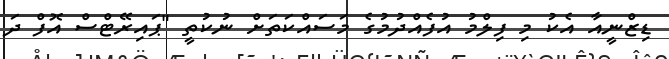
ޑިޒްނީއާ އެކު މި ފިލްމު އުފެއްދުމުގެ މަސައްކަތަށް ނުކުތީ "ޕައިރޭޓްސް އޮފް ދަ